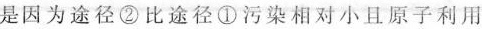
是因为途径②比途径①污染相对小且原子利用